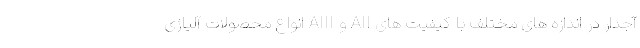
آجدار در اندازه های مختلف با کیفیت های AII و AIII انواع محصولات آلیاژی